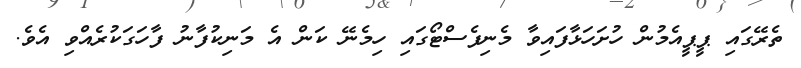
ތެރޭގައި ޕީޕީއެމުން ހުށަހަޅާފައިވާ މެނިފެސްޓޯގައި ހިމެނޭ ކަން އެ މަނިކުފާނު ފާހަގަކުރެއްވި އެވެ.